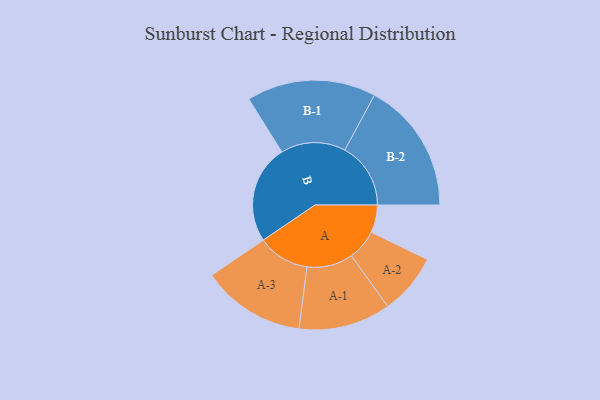
{"axis": {"x": "Segment", "y": "Value"}, "legend": ["", "A", "B"], "data": [{"x": "A", "y": 114, "type": ""}, {"x": "B", "y": 407, "type": ""}, {"x": "A-1", "y": 190, "type": "A"}, {"x": "A-2", "y": 126, "type": "A"}, {"x": "A-3", "y": 214, "type": "A"}, {"x": "B-1", "y": 267, "type": "B"}, {"x": "B-2", "y": 272, "type": "B"}]}